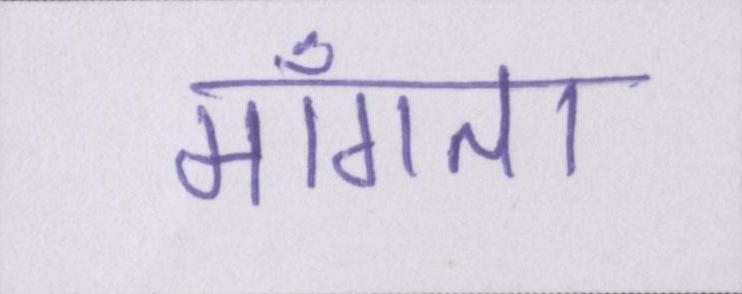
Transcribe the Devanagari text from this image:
माँगता